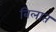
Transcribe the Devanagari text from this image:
बिलात